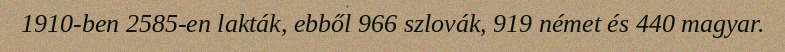
1910-ben 2585-en lakták, ebből 966 szlovák, 919 német és 440 magyar.